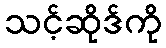
သင့်ဆိုဒ်ကို